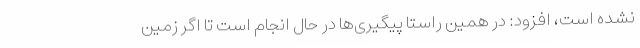
نشده است، افزود: در همین راستا پیگیری‌ها در حال انجام است تا اگر زمین